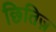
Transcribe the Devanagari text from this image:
छितिज़